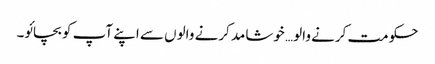
حکومت کرنے والو… خوشامد کرنے والوں سے اپنے آپ کو بچائو۔